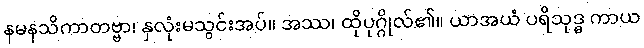
နမနသိကာတဗ္ဗာ၊ နှလုံးမသွင်းအပ်။ အဿ၊ ထိုပုဂ္ဂိုလ်၏။ ယာအယံ ပရိသုဒ္ဓ ကာယ